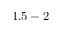
1 . 5 - 2